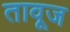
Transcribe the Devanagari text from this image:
तावूज